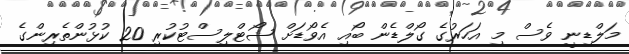
މަލްޑިނީ ވެސް މި އަހަރުގެ ގޯލްޑެން ބޯއި އެވޯޑަށް ޝޯޓްލިސްޓުކުރި 20 ކުޅުންތެރިންގެ